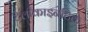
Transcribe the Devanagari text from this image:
टेलीकाइनेटिक